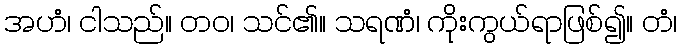
အဟံ၊ ငါသည်။ တဝ၊ သင်၏။ သရဏံ၊ ကိုးကွယ်ရာဖြစ်၍။ တံ၊